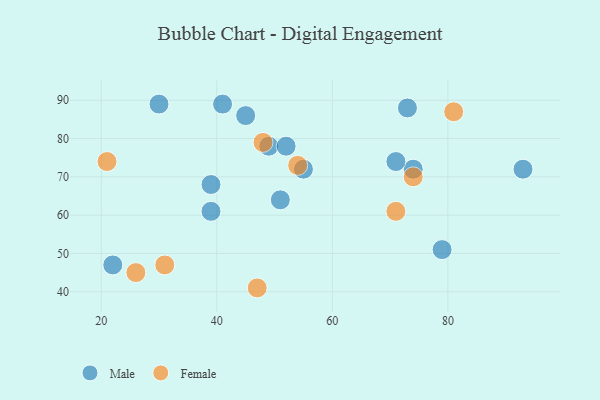
{"axis": {"x": "GDP", "y": "Life Expectancy"}, "legend": ["Female", "Male"], "data": [{"x": "55", "y": 72, "type": "Male"}, {"x": "41", "y": 89, "type": "Male"}, {"x": "51", "y": 64, "type": "Male"}, {"x": "79", "y": 51, "type": "Male"}, {"x": "49", "y": 78, "type": "Male"}, {"x": "39", "y": 61, "type": "Male"}, {"x": "52", "y": 78, "type": "Male"}, {"x": "45", "y": 86, "type": "Male"}, {"x": "73", "y": 88, "type": "Male"}, {"x": "22", "y": 47, "type": "Male"}, {"x": "93", "y": 72, "type": "Male"}, {"x": "30", "y": 89, "type": "Male"}, {"x": "74", "y": 72, "type": "Male"}, {"x": "39", "y": 68, "type": "Male"}, {"x": "71", "y": 74, "type": "Male"}, {"x": "81", "y": 87, "type": "Female"}, {"x": "54", "y": 73, "type": "Female"}, {"x": "21", "y": 74, "type": "Female"}, {"x": "47", "y": 41, "type": "Female"}, {"x": "71", "y": 61, "type": "Female"}, {"x": "26", "y": 45, "type": "Female"}, {"x": "31", "y": 47, "type": "Female"}, {"x": "48", "y": 79, "type": "Female"}, {"x": "74", "y": 70, "type": "Female"}]}